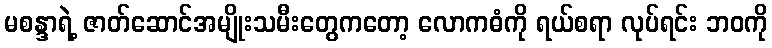
မစန္ဒာရဲ့ ဇာတ်ဆောင်အမျိုးသမီးတွေကတော့ လောကဓံကို ရယ်စရာ လုပ်ရင်း ဘဝကို